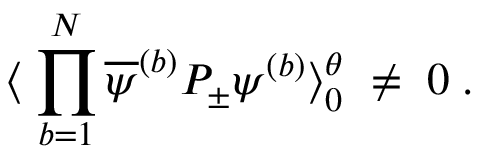
\langle \; \prod _ { b = 1 } ^ { N } \overline { { { \psi } } } ^ { ( b ) } P _ { \pm } \psi ^ { ( b ) } \rangle _ { 0 } ^ { \theta } \; \neq \; 0 \; .